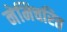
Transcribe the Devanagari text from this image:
नेमिचरित